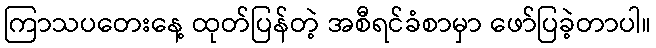
ကြာသပတေးနေ့ ထုတ်ပြန်တဲ့ အစီရင်ခံစာမှာ ဖော်ပြခဲ့တာပါ။